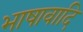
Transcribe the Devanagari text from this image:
भाषावादि